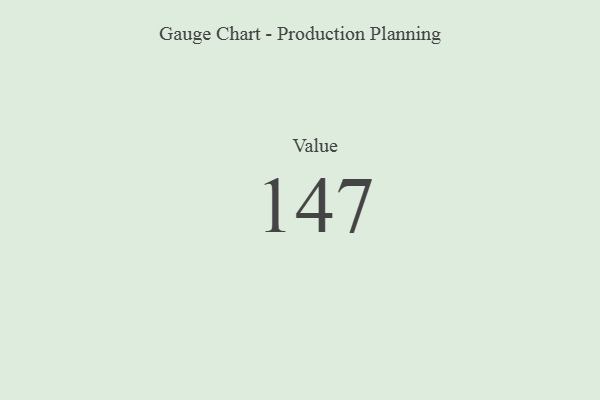
{"axis": {"x": "Metric", "y": "Value"}, "legend": [""], "data": [{"x": "Value", "y": 147, "type": ""}]}